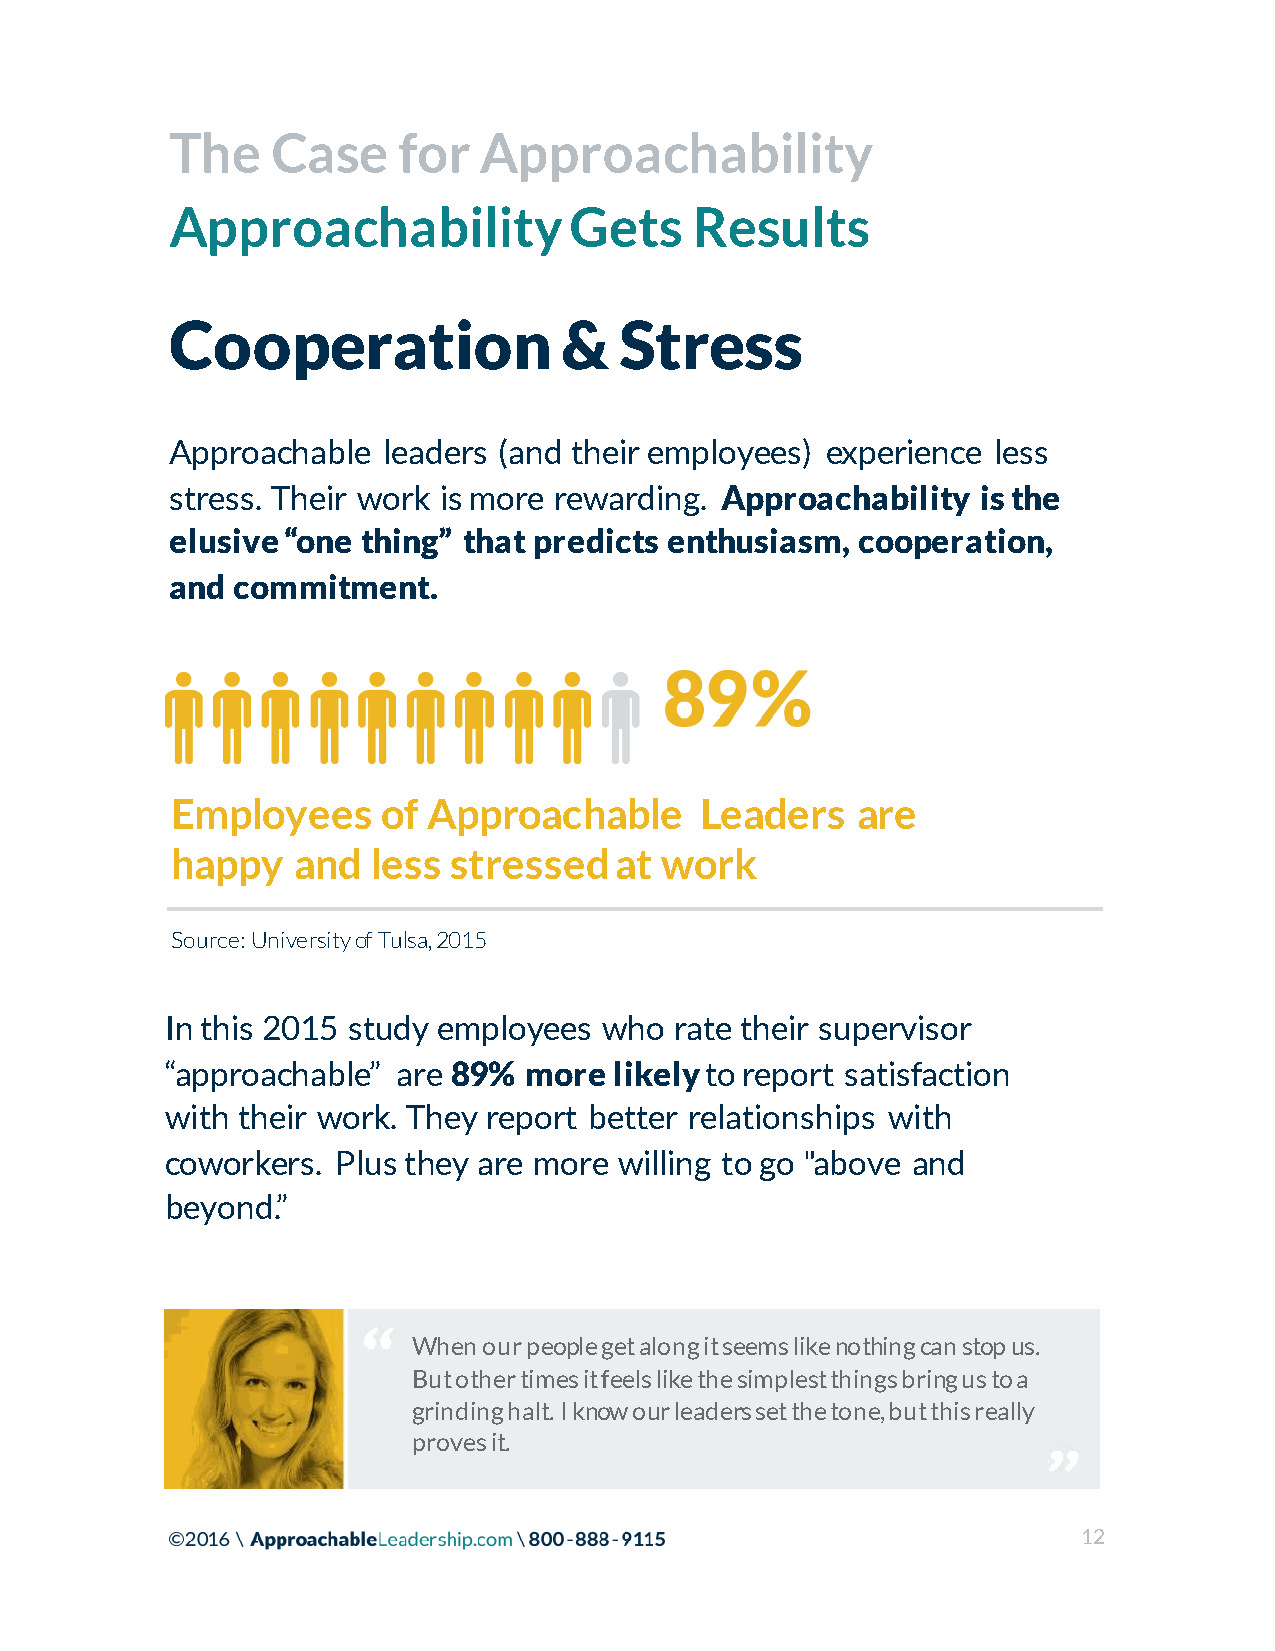
The    Case    for   Approachability
 Approachability            Gets    Results
 Cooperation               &   Stress
 Approachable  leaders (and their employees) experience less
 stress. Their work is more rewarding. Approachability is the
 elusive “one thing” that predicts enthusiasm, cooperation,
 and commitment.
 Employees     of Approachable      Leaders    are
 happy   and   less stressed   at work
 Source: University of Tulsa, 2015
 In this 2015 study employees who  rate their supervisor
 “approachable” are 89%  more  likely to report satisfaction
 with their work. They report better relationships with
 coworkers. Plus they are more willing to go "above and
 beyond.”
 When our people get along it seems like nothing can stop us.
 But other times it feels like the simplest things bring us to a
 grinding halt. I know our leaders set the tone, but this really
 proves it.
 12